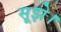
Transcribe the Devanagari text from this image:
सूझे।